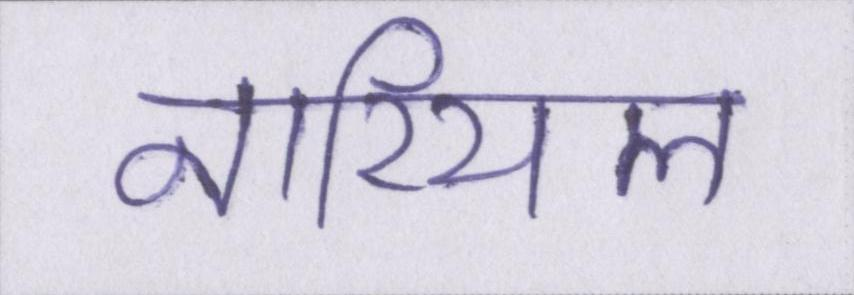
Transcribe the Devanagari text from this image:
नारियल